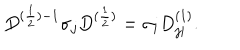
LaTeX: D ^ { ( \frac { 1 } { 2 } ) - 1 } { \sigma } _ { j } D ^ { ( \frac { 1 } { 2 } ) } = { \sigma } _ { i } D _ { j i } ^ { ( 1 ) } .